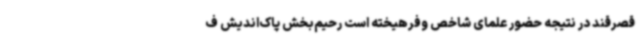
قصرقند در نتیجه حضور علمای شاخص وفرهیخته است رحیم‌بخش پاک‌اندیش ف